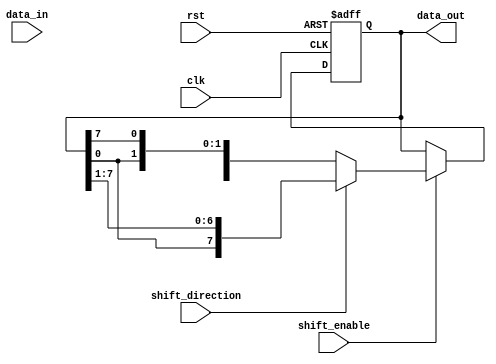
module bidirectional_shift_register (
    input wire clk,             // Clock input
    input wire rst,             // Reset input
    input wire shift_direction, // Shift direction control signal (0 for left, 1 for right)
    input wire shift_enable,    // Shift enable signal
    input wire [DATA_WIDTH-1:0] data_in,  // Input data
    output wire [DATA_WIDTH-1:0] data_out  // Output data
);

parameter DATA_WIDTH = 8; // Width of data in bits
reg [DATA_WIDTH-1:0] register;  // Shift register

always @(posedge clk or posedge rst) begin
    if (rst) begin
        register <= 0; // Reset the register
    end else if (shift_enable) begin
        if (shift_direction) begin // Right shift
            register <= {register[0], register[DATA_WIDTH-1:1]}; // Shift right
        end else begin // Left shift
            register <= {register[DATA_WIDTH-2:0], register[DATA_WIDTH-1]}; // Shift left
        end
    end
end

assign data_out = register; // Assign output data to register

endmodule